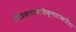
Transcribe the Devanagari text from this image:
चित्रकलाप्रशिक्षणाकरिता